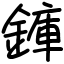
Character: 龲